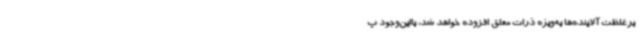
برغلظت آلاینده‌ها به‌ویژه ذرات معلق افزوده خواهد شد، بااین‌وجود پ